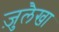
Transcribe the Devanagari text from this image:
ज़ुलैखा